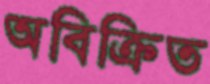
অবিক্রিত